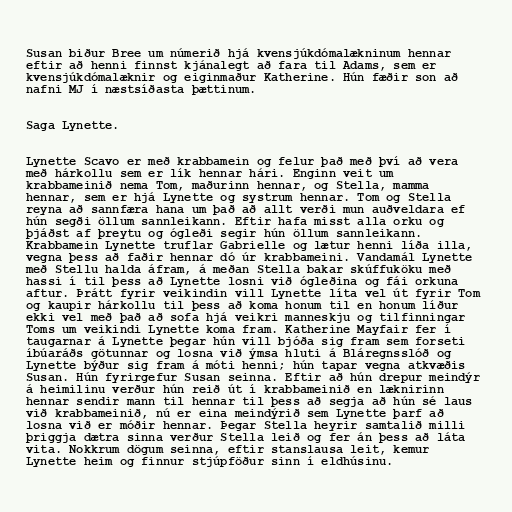
Susan biður Bree um númerið hjá kvensjúkdómalækninum hennar
eftir að henni finnst kjánalegt að fara til Adams, sem er
kvensjúkdómalæknir og eiginmaður Katherine. Hún fæðir son að
nafni MJ í næstsíðasta þættinum.

Saga Lynette.

Lynette Scavo er með krabbamein og felur það með því að vera
með hárkollu sem er lík hennar hári. Enginn veit um
krabbameinið nema Tom, maðurinn hennar, og Stella, mamma
hennar, sem er hjá Lynette og systrum hennar. Tom og Stella
reyna að sannfæra hana um það að allt verði mun auðveldara ef
hún segði öllum sannleikann. Eftir hafa misst alla orku og
þjáðst af þreytu og ógleði segir hún öllum sannleikann.
Krabbamein Lynette truflar Gabrielle og lætur henni líða illa,
vegna þess að faðir hennar dó úr krabbameini. Vandamál Lynette
með Stellu halda áfram, á meðan Stella bakar skúffuköku með
hassi í til þess að Lynette losni við ógleðina og fái orkuna
aftur. Þrátt fyrir veikindin vill Lynette líta vel út fyrir Tom
og kaupir hárkollu til þess að koma honum til en honum líður
ekki vel með það að sofa hjá veikri manneskju og tilfinningar
Toms um veikindi Lynette koma fram. Katherine Mayfair fer í
taugarnar á Lynette þegar hún vill bjóða sig fram sem forseti
íbúaráðs götunnar og losna við ýmsa hluti á Bláregnsslóð og
Lynette býður sig fram á móti henni; hún tapar vegna atkvæðis
Susan. Hún fyrirgefur Susan seinna. Eftir að hún drepur meindýr
á heimilinu verður hún reið út í krabbameinið en læknirinn
hennar sendir mann til hennar til þess að segja að hún sé laus
við krabbameinið, nú er eina meindýrið sem Lynette þarf að
losna við er móðir hennar. Þegar Stella heyrir samtalið milli
þriggja dætra sinna verður Stella leið og fer án þess að láta
vita. Nokkrum dögum seinna, eftir stanslausa leit, kemur
Lynette heim og finnur stjúpföður sinn í eldhúsinu.